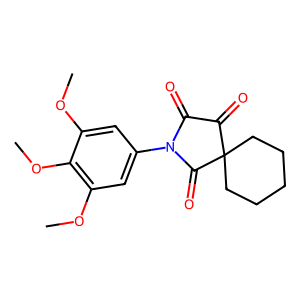
SMILES: COc1cc(N2C(=O)C(=O)C3(CCCCC3)C2=O)cc(OC)c1OC
Inhibits HIV replication: No